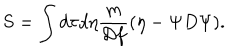
S = \int d \tau d \eta { \frac { m } { { \cal D } f } } ( \eta - \Psi { D } \Psi ) .